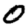
Digit: 0